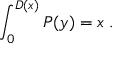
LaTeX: \int _ { 0 } ^ { D ( x ) } P ( y ) \d y = x \; .